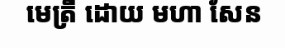
មេត្រី ដោយ មហា សែន